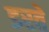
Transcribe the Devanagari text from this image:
डरतें